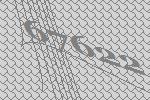
67622